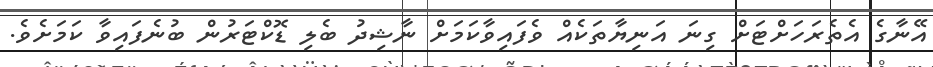
އޭނާގެ އެތެރަހަށްޓަށް ގިނަ އަނިޔާތަކެއް ވެފައިވާކަމަށް ނާޝިދު ބެލި ޑޮކްޓަރުން ބުނެފައިވާ ކަމަށެވެ.